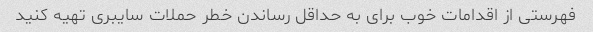
فهرستی از اقدامات خوب برای به حداقل رساندن خطر حملات سایبری تهیه کنید